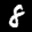
Label: 8